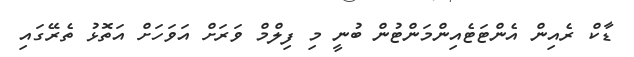
ޑާކް ރެއިން އެންޓަޓެއިންމަންޓުން ބުނީ މި ފިލްމް ވަރަށް އަވަހަށް އަތޮޅު ތެރޭގައި